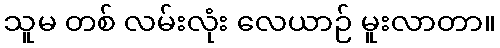
သူမ တစ် လမ်းလုံး လေယာဉ် မူးလာတာ။